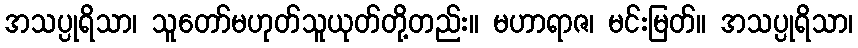
အသပ္ပုရိသာ၊ သူတော်မဟုတ်သူယုတ်တို့တည်း။ မဟာရာဇ၊ မင်းမြတ်။ အသပ္ပုရိသာ၊